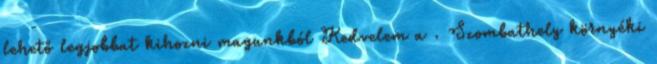
lehető legjobbat kihozni magunkból Kedvelem a . Szombathely környéki